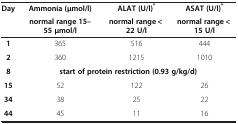
| <ROWSPAN=2> Day | Ammonia (μmol/l) | ALAT (U/l)* | ASAT (U/l)* |
 | normal range 15–55 μmol/l | normal range < 22 U/l | normal range < 15 U/l |
 | --- | --- | --- | --- |
 | 1 | 365 | 516 | 444 |
 | 2 | 360 | 1215 | 1010 |
 | 8 | <COLSPAN=3> start of protein restriction (0.93 g/kg/d) |
 | 15 | 52 | 122 | 26 |
 | 34 | 38 | 25 | 22 |
 | 44 | 45 | 11 | 16 |